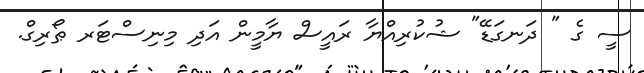
ސީ ގެ " ދަނގަޑޭ" ޝުކުރިއްޔާ ރައީސް ޔާމީން އަދި މިނިސްޓަރ ޠޯރިގް.